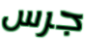
جرس